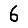
Digit: 6